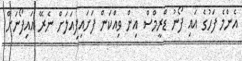
އެންމެ ފަހުގެ އައި ފޯނު ޑްރީމްސް އިން ވިއްކަން ފަށައިފިއަލަށް ނެރޭ އައިފޯނަށް